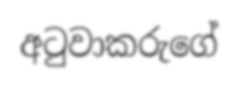
අටුවාකරුගේ